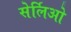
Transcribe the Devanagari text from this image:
सेर्लिओ